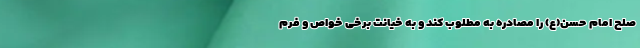
صلح امام حسن(ع) را مصادره به مطلوب کند و به خیانت برخی خواص و فرم